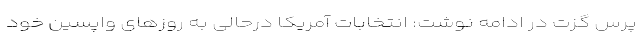
پرس گزت در ادامه نوشت: انتخابات آمریکا درحالی به روزهای واپسین خود